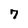
Character: 7